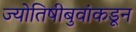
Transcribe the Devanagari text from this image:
ज्योतिषीबुवांकडून